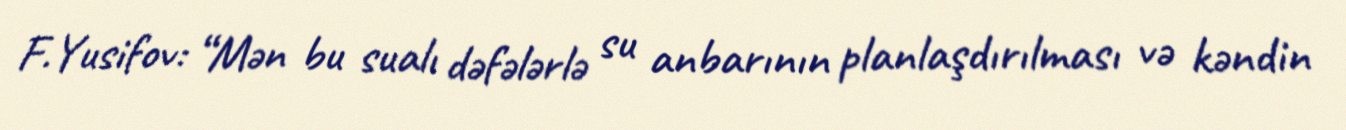
F.Yusifov: “Mən bu sualı dəfələrlə su anbarının planlaşdırılması və kəndin